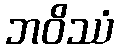
ဘဝိဿံ